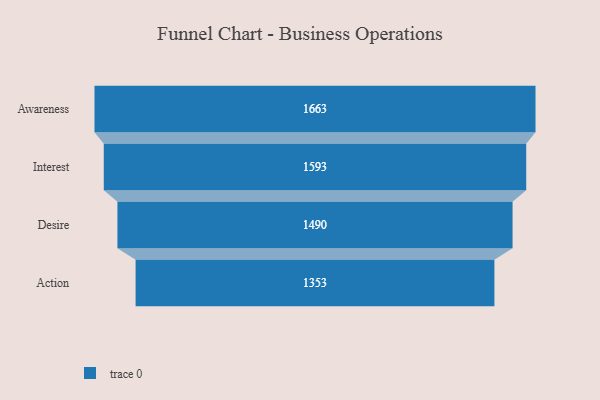
{"axis": {"x": "Stage", "y": "Value"}, "legend": [""], "data": [{"x": "Awareness", "y": 1663.0, "type": ""}, {"x": "Interest", "y": 1593.0, "type": ""}, {"x": "Desire", "y": 1490.0, "type": ""}, {"x": "Action", "y": 1353.0, "type": ""}]}